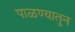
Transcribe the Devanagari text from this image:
पाळण्यातुन